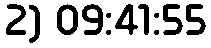
2) 09:41:55